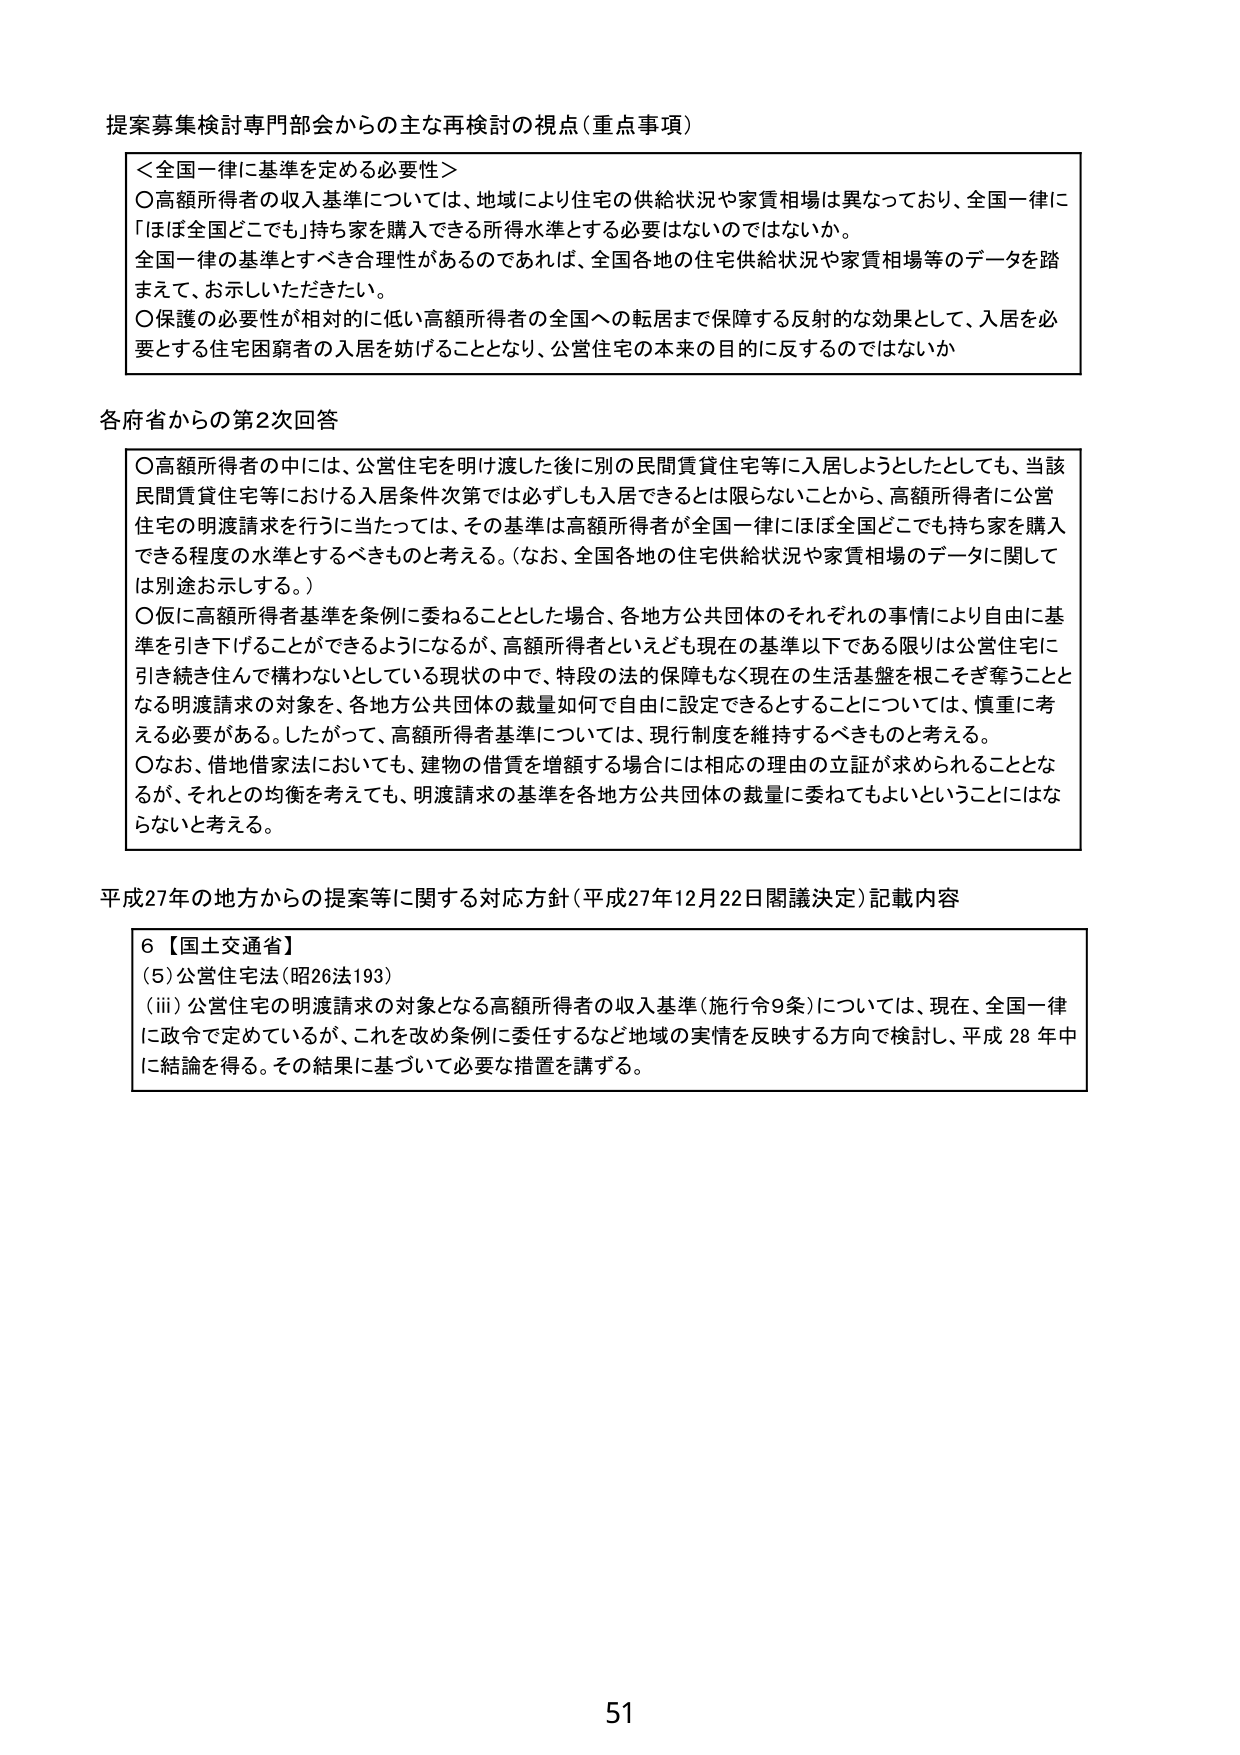
提案募集検討専門部会からの主な再検討の視点（重点事項）

＜全国一律に基準を定める必要性＞
〇高額所得者の収入基準については、地域により住宅の供給状況や家賃相場は異なっており、全国一律に「ほぼ全国どこでも」持ち家を購入できる所得水準とする必要はないのではないか。
全国一律の基準とすべき合理性があるのであれば、全国各地の住宅供給状況や家賃相場等のデータを踏まえて、お示しいただきたい。
〇保護の必要性が相対的に低い高額所得者の全国への転居まで保障する反射的な効果として、入居を必要とする住宅困窮者の入居を妨げることとなり、公営住宅の本来の目的に反するのではないか

各府省からの第2次回答

〇高額所得者の中には、公営住宅を明け渡した後に別の民間賃貸住宅等に入居しようとしたとしても、当該民間賃貸住宅等における入居条件次第では必ずしも入居できるとは限らないことから、高額所得者に公営住宅の明渡請求を行うに当たっては、その基準は高額所得者が全国一律にほぼ全国どこでも持ち家を購入できる程度の水準とするべきものと考える。（なお、全国各地の住宅供給状況や家賃相場のデータに関しては別途お示しする。）
〇仮に高額所得者基準を条例に委ねることとした場合、各地方公共団体のそれぞれの事情により自由に基準を引き下げることができるようになるが、高額所得者といえども現在の基準以下である限りは公営住宅に引き続き住んで構わないとしている現状の中で、特段の法的保障もなく現在の生活基盤を根こそぎ奪うこととなる明渡請求の対象を、各地方公共団体の裁量如何で自由に設定できることについては、慎重に考える必要がある。したがって、高額所得者基準については、現行制度を維持するべきものと考える。
〇なお、借地借家法においても、建物の借賃を増額する場合には相応の理由の立証が求められることとなるが、それとの均衡を考えても数、明渡請求の基準を各地方公共団体の裁量に委ねてもよいということにはならないと考える。

平成27年の地方からの提案等に関する対応方針（平成27年12月22日閣議決定）記載内容

６【国土交通省】
（5）公営住宅法（昭26法193）
（iii）公営住宅の明渡請求の対象となる高額所得者の収入基準（施行令9条）については、現在、全国一律に政令で定めているが、これを改め条例に委任するなど地域の実情を反映する方向で検討し、平成28年中に結論を得る。その結果に基づいて必要な措置を講ずる。

51